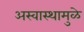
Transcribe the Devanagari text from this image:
अस्वास्थामुळे